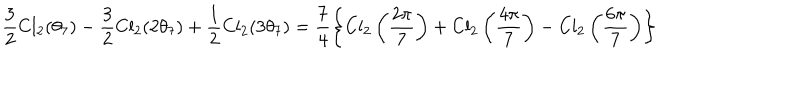
LaTeX: \frac 3 2 \mathrm { C l } _ { 2 } ( \theta _ { 7 } ) - \frac 3 2 \mathrm { C l } _ { 2 } ( 2 \theta _ { 7 } ) + \frac 1 2 \mathrm { C l } _ { 2 } ( 3 \theta _ { 7 } ) = \frac 7 4 \left\{ \mathrm { C l } _ { 2 } \left( \frac { 2 \pi } { 7 } \right) + \mathrm { C l } _ { 2 } \left( \frac { 4 \pi } { 7 } \right) - \mathrm { C l } _ { 2 } \left( \frac { 6 \pi } { 7 } \right) \right\}